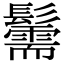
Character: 䰑